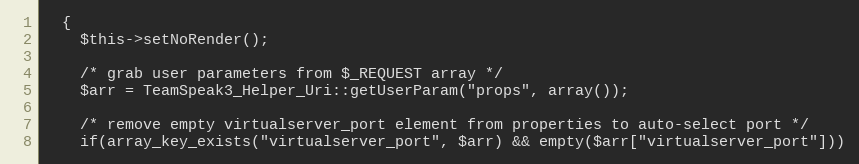
Language: PHP
  {
    $this->setNoRender();

    /* grab user parameters from $_REQUEST array */
    $arr = TeamSpeak3_Helper_Uri::getUserParam("props", array());

    /* remove empty virtualserver_port element from properties to auto-select port */
    if(array_key_exists("virtualserver_port", $arr) && empty($arr["virtualserver_port"]))